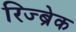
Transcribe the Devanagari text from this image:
रिज्ब्रेक